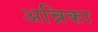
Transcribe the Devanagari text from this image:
अन्निका